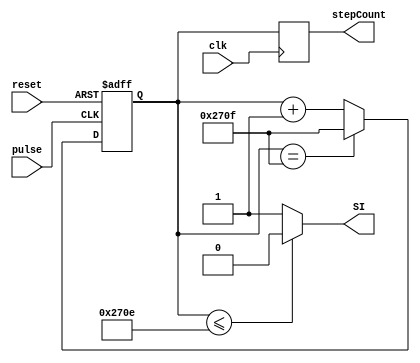
module stepCount(clk, pulse, stepCount, SI, reset);
input clk, reset, pulse;
reg [13:0] totalSteps;
output reg [13:0] stepCount;
output wire SI;
reg lock;

initial
begin
    lock = 0;
end

assign SI = (totalSteps <= 9998) ? 0 : 1;    

    
always @(posedge clk)
begin
    stepCount <= totalSteps;
end
    
always @(posedge pulse or posedge reset)
begin
    if (reset)
        totalSteps <= 0;
    else begin
        if (totalSteps == 9999)
            totalSteps <= 9999;
        else
            totalSteps <= totalSteps + 1;    //need to check the bits of totalSteps
    end
end


endmodule